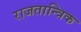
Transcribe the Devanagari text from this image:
राजतान्त्रिक